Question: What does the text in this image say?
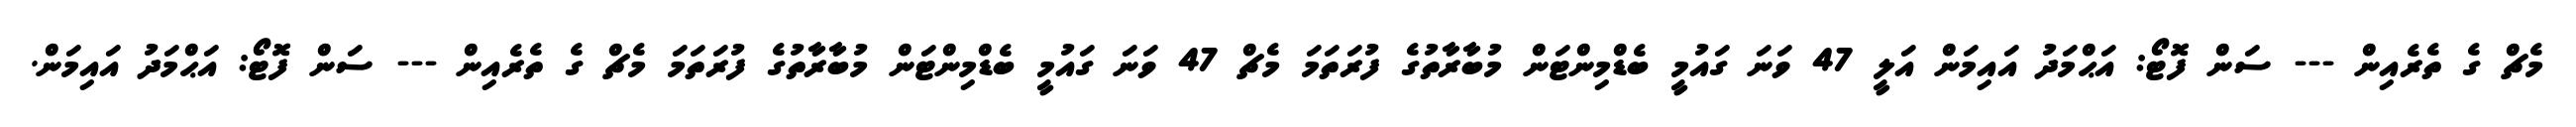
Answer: މެޗް ގެ ތެރެއިން --- ސަން ފޮޓޯ: އަޙްމަދު އައިމަން އަލީ 47 ވަނަ ގައުމީ ބެޑްމިންޓަން މުބާރާތުގެ ފުރަތަމަ މެޗް 47 ވަނަ ގައުމީ ބެޑްމިންޓަން މުބާރާތުގެ ފުރަތަމަ މެޗް ގެ ތެރެއިން --- ސަން ފޮޓޯ: އަޙްމަދު އައިމަން.